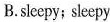
B. sleepy; sleepy